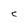
Character: 5